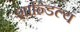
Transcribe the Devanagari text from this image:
शान्डिल्य